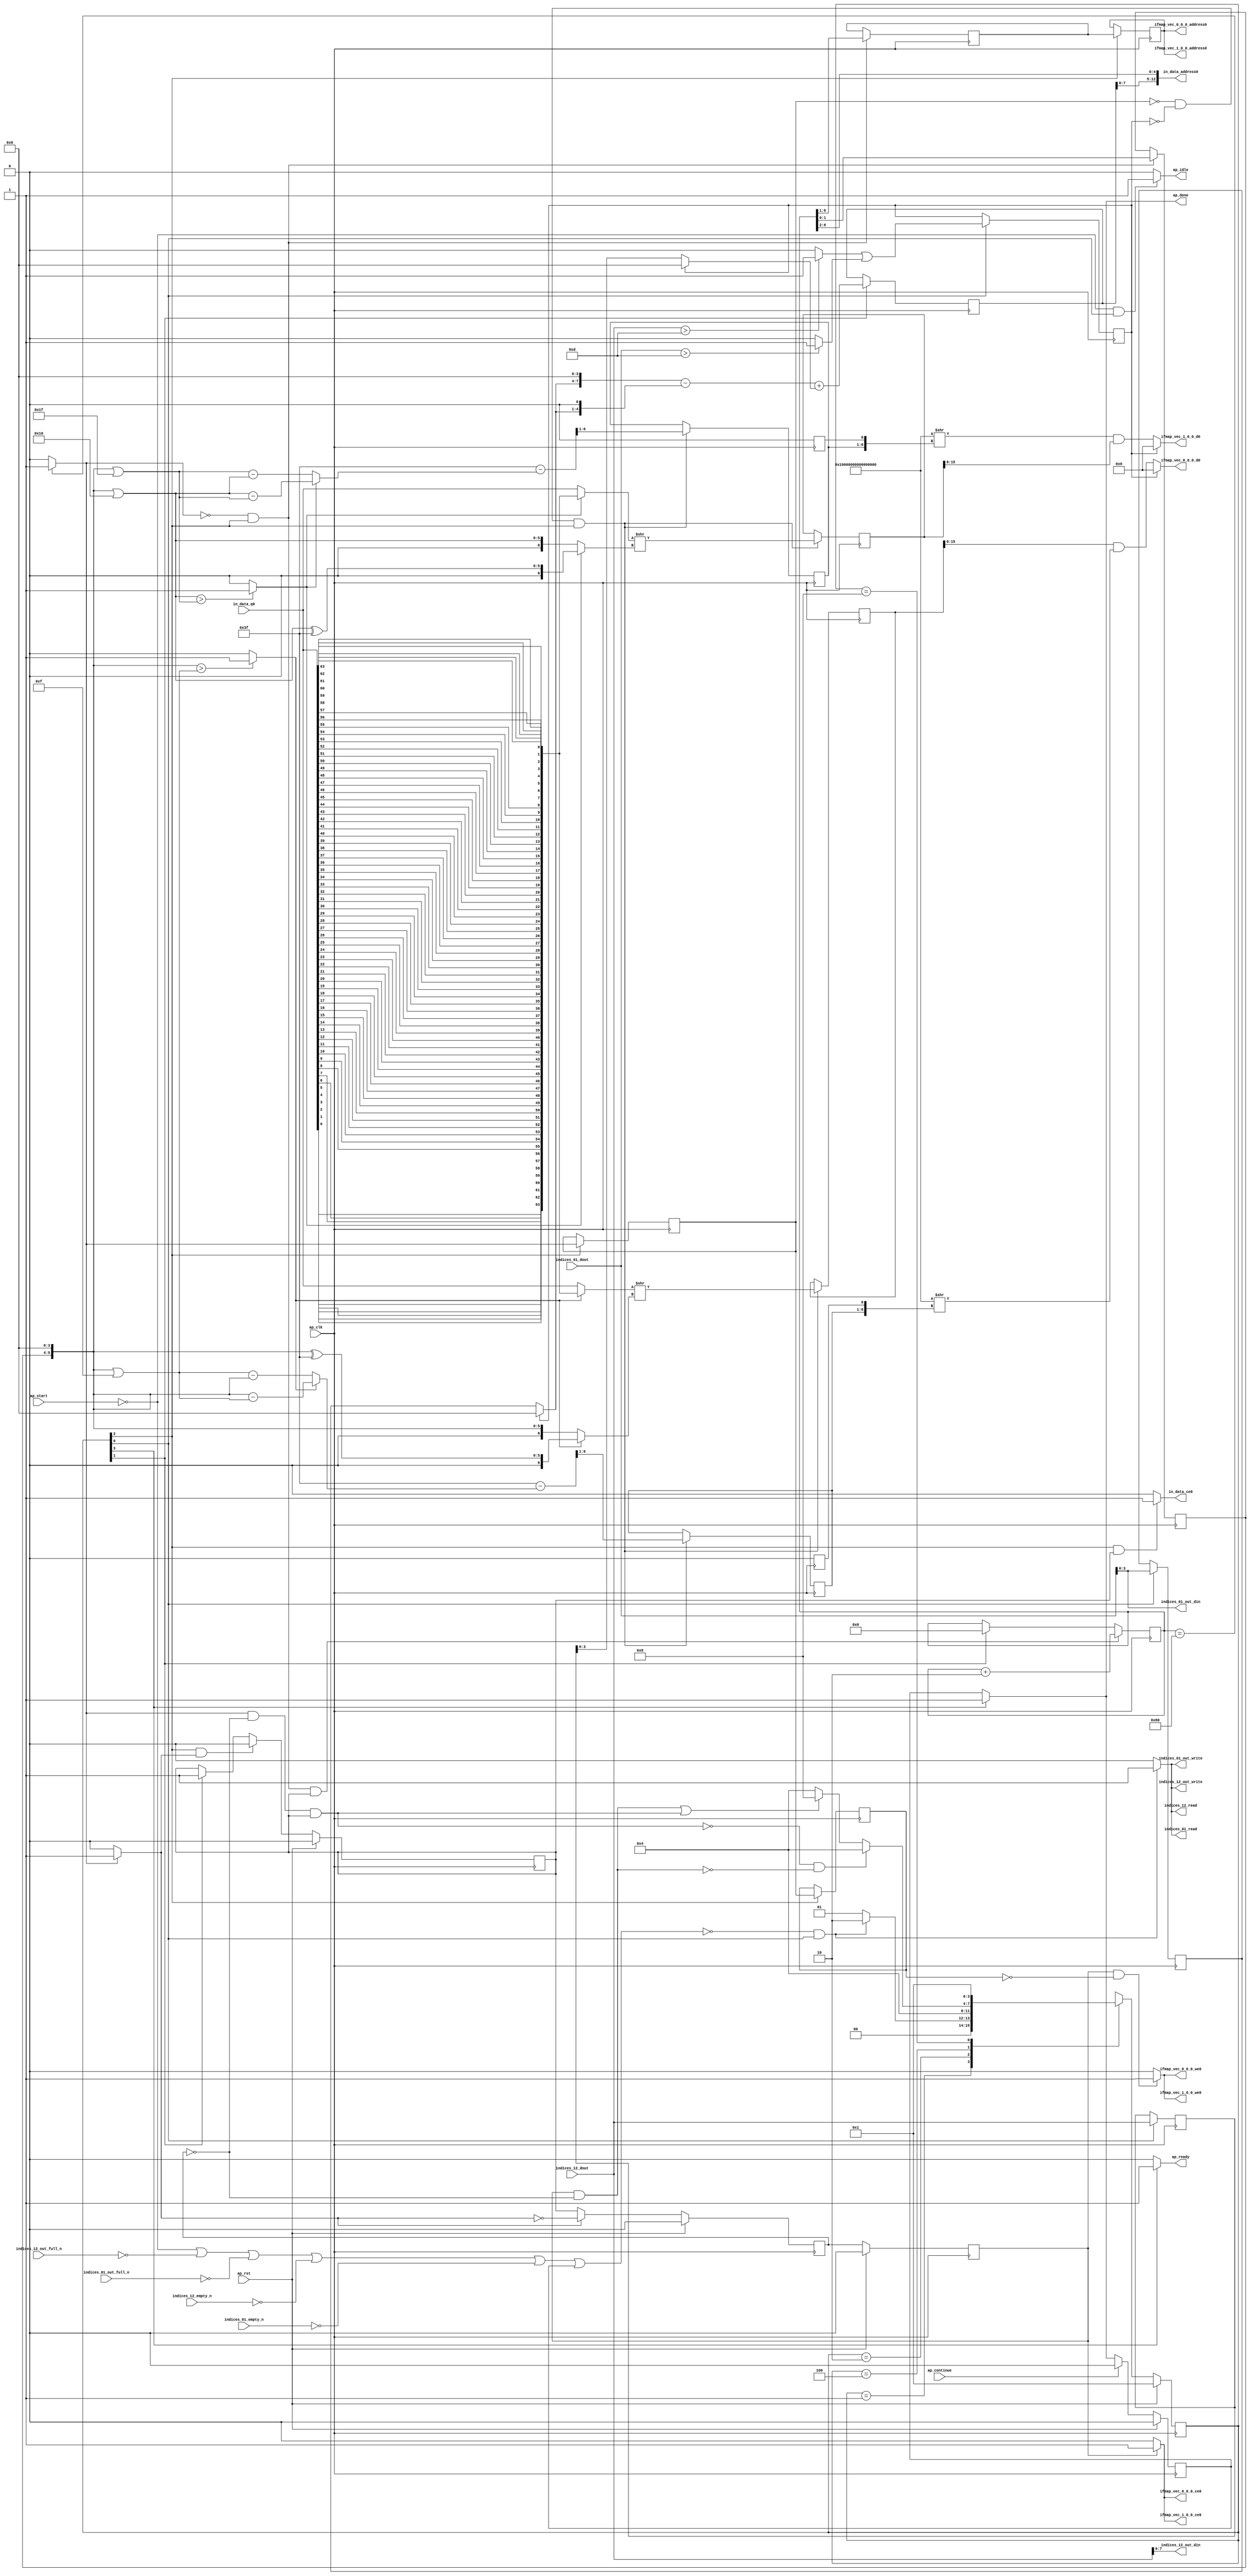
`define EXPONENT 5
`define MANTISSA 10
`define ACTUAL_MANTISSA 11
`define EXPONENT_LSB 10
`define EXPONENT_MSB 14
`define MANTISSA_LSB 0
`define MANTISSA_MSB 9
`define MANTISSA_MUL_SPLIT_LSB 3
`define MANTISSA_MUL_SPLIT_MSB 9
`define SIGN 1
`define SIGN_LOC 15
`define DWIDTH (`SIGN+`EXPONENT+`MANTISSA)
`define IEEE_COMPLIANCE 1

module td_fused_top_tdf12_readInputs (
        ap_clk,
        ap_rst,
        ap_start,
        ap_done,
        ap_continue,
        ap_idle,
        ap_ready,
        in_data_address0,
        in_data_ce0,
        in_data_q0,
        indices_01_dout,
        indices_01_empty_n,
        indices_01_read,
        indices_12_dout,
        indices_12_empty_n,
        indices_12_read,
        ifmap_vec_0_0_0_address0,
        ifmap_vec_0_0_0_ce0,
        ifmap_vec_0_0_0_we0,
        ifmap_vec_0_0_0_d0,
        ifmap_vec_1_0_0_address0,
        ifmap_vec_1_0_0_ce0,
        ifmap_vec_1_0_0_we0,
        ifmap_vec_1_0_0_d0,
        indices_01_out_din,
        indices_01_out_full_n,
        indices_01_out_write,
        indices_12_out_din,
        indices_12_out_full_n,
        indices_12_out_write
);

parameter    ap_ST_fsm_state1 = 4'd1;
parameter    ap_ST_fsm_state2 = 4'd2;
parameter    ap_ST_fsm_pp0_stage0 = 4'd4;
parameter    ap_ST_fsm_state6 = 4'd8;

input   ap_clk;
input   ap_rst;
input   ap_start;
output   ap_done;
input   ap_continue;
output   ap_idle;
output   ap_ready;
output  [12:0] in_data_address0;
output   in_data_ce0;
input  [63:0] in_data_q0;
input  [15:0] indices_01_dout;
input   indices_01_empty_n;
output   indices_01_read;
input  [15:0] indices_12_dout;
input   indices_12_empty_n;
output   indices_12_read;
output  [5:0] ifmap_vec_0_0_0_address0;
output   ifmap_vec_0_0_0_ce0;
output   ifmap_vec_0_0_0_we0;
output  [15:0] ifmap_vec_0_0_0_d0;
output  [5:0] ifmap_vec_1_0_0_address0;
output   ifmap_vec_1_0_0_ce0;
output   ifmap_vec_1_0_0_we0;
output  [15:0] ifmap_vec_1_0_0_d0;
output  [3:0] indices_01_out_din;
input   indices_01_out_full_n;
output   indices_01_out_write;
output  [7:0] indices_12_out_din;
input   indices_12_out_full_n;
output   indices_12_out_write;

reg ap_done;
reg ap_idle;
reg ap_ready;
reg in_data_ce0;
reg indices_01_read;
reg indices_12_read;
reg ifmap_vec_0_0_0_ce0;
reg ifmap_vec_0_0_0_we0;
reg ifmap_vec_1_0_0_ce0;
reg ifmap_vec_1_0_0_we0;
reg indices_01_out_write;
reg indices_12_out_write;

reg    ap_done_reg;
  reg   [3:0] ap_CS_fsm;
wire    ap_CS_fsm_state1;
reg    indices_01_blk_n;
reg    indices_12_blk_n;
reg    indices_01_out_blk_n;
reg    indices_12_out_blk_n;
reg   [7:0] kk_0_i_i_reg_165;
wire   [3:0] trunc_ln165_fu_176_p1;
reg   [3:0] trunc_ln165_reg_566;
reg   [15:0] col_coord_reg_571;
wire   [0:0] is_padding_fu_198_p2;
reg   [0:0] is_padding_reg_576;
wire   [9:0] add_ln32_fu_258_p2;
reg   [9:0] add_ln32_reg_584;
wire    ap_CS_fsm_state2;
wire   [0:0] icmp_ln25_fu_264_p2;
reg   [0:0] icmp_ln25_reg_589;
wire    ap_CS_fsm_pp0_stage0;
wire    ap_block_state3_pp0_stage0_iter0;
wire    ap_block_state4_pp0_stage0_iter1;
wire    ap_block_state5_pp0_stage0_iter2;
wire    ap_block_pp0_stage0_11001;
reg   [0:0] icmp_ln25_reg_589_pp0_iter1_reg;
wire   [7:0] add_ln25_fu_270_p2;
reg    ap_enable_reg_pp0_iter0;
wire   [1:0] empty_144_fu_298_p1;
reg   [1:0] empty_144_reg_603;
reg   [5:0] lshr_ln5_reg_608;
reg   [5:0] lshr_ln5_reg_608_pp0_iter1_reg;
wire   [6:0] sub_ln32_24_fu_391_p2;
reg   [6:0] sub_ln32_24_reg_613;
wire   [63:0] lshr_ln32_fu_401_p2;
reg   [63:0] lshr_ln32_reg_618;
wire   [6:0] sub_ln32_27_fu_485_p2;
reg   [6:0] sub_ln32_27_reg_623;
wire   [63:0] lshr_ln32_12_fu_495_p2;
reg   [63:0] lshr_ln32_12_reg_628;
wire    ap_block_pp0_stage0_subdone;
reg    ap_condition_pp0_exit_iter0_state3;
reg    ap_enable_reg_pp0_iter1;
reg    ap_enable_reg_pp0_iter2;
wire   [63:0] sext_ln32_fu_293_p1;
wire    ap_block_pp0_stage0;
wire   [63:0] zext_ln33_fu_531_p1;
reg    ap_block_state1;
wire   [0:0] cmp7_i_i_fu_186_p2;
wire   [0:0] icmp_ln24_fu_192_p2;
wire   [3:0] empty_142_fu_204_p1;
wire   [3:0] row_coord_int_fu_207_p3;
wire   [7:0] tmp_fu_220_p3;
wire   [4:0] tmp_s_fu_232_p3;
wire   [8:0] zext_ln32_fu_228_p1;
wire   [8:0] zext_ln32_53_fu_240_p1;
wire   [8:0] sub_ln32_fu_244_p2;
wire   [3:0] col_coord_int_fu_213_p3;
wire   [9:0] sub_ln32_cast_fu_250_p1;
wire   [9:0] zext_ln32_54_fu_254_p1;
wire   [4:0] lshr_ln_fu_276_p4;
wire   [14:0] tmp_78_fu_286_p3;
wire   [5:0] tmp_54_fu_312_p3;
wire   [5:0] empty_145_fu_319_p2;
wire   [6:0] zext_ln32_55_fu_331_p1;
wire   [6:0] zext_ln32_56_fu_335_p1;
wire   [0:0] icmp_ln32_fu_325_p2;
wire   [6:0] sub_ln32_22_fu_349_p2;
wire   [6:0] sub_ln32_23_fu_361_p2;
reg   [63:0] tmp_79_fu_339_p4;
wire   [6:0] xor_ln32_fu_355_p2;
wire   [6:0] select_ln32_fu_367_p3;
wire   [6:0] select_ln32_19_fu_383_p3;
wire   [63:0] select_ln32_18_fu_375_p3;
wire   [63:0] zext_ln32_57_fu_397_p1;
wire   [5:0] empty_146_fu_407_p2;
wire   [5:0] empty_147_fu_413_p2;
wire   [6:0] zext_ln32_59_fu_425_p1;
wire   [6:0] zext_ln32_60_fu_429_p1;
wire   [0:0] icmp_ln32_4_fu_419_p2;
wire   [6:0] sub_ln32_25_fu_443_p2;
wire   [6:0] sub_ln32_26_fu_455_p2;
reg   [63:0] tmp_80_fu_433_p4;
wire   [6:0] xor_ln32_4_fu_449_p2;
wire   [6:0] select_ln32_20_fu_461_p3;
wire   [6:0] select_ln32_22_fu_477_p3;
wire   [63:0] select_ln32_21_fu_469_p3;
wire   [63:0] zext_ln32_61_fu_491_p1;
wire   [63:0] zext_ln32_58_fu_501_p1;
wire   [63:0] lshr_ln32_11_fu_504_p2;
wire   [63:0] and_ln32_fu_510_p2;
wire   [15:0] trunc_ln32_fu_515_p1;
wire   [15:0] bitcast_ln32_fu_519_p1;
wire   [63:0] zext_ln32_62_fu_536_p1;
wire   [63:0] lshr_ln32_13_fu_539_p2;
wire   [63:0] and_ln32_4_fu_545_p2;
wire   [15:0] trunc_ln32_7_fu_550_p1;
wire   [15:0] bitcast_ln32_10_fu_554_p1;
wire    ap_CS_fsm_state6;
reg   [3:0] ap_NS_fsm;
reg    ap_idle_pp0;
wire    ap_enable_pp0;
wire    ap_ce_reg;

// power-on initialization
initial begin
#0 ap_done_reg = 1'b0;
#0 ap_CS_fsm = 4'd1;
#0 ap_enable_reg_pp0_iter0 = 1'b0;
#0 ap_enable_reg_pp0_iter1 = 1'b0;
#0 ap_enable_reg_pp0_iter2 = 1'b0;
end

always @ (posedge ap_clk) begin
    if (ap_rst == 1'b1) begin
        ap_CS_fsm <= ap_ST_fsm_state1;
    end else begin
        ap_CS_fsm <= ap_NS_fsm;
    end
end

always @ (posedge ap_clk) begin
    if (ap_rst == 1'b1) begin
        ap_done_reg <= 1'b0;
    end else begin
        if ((ap_continue == 1'b1)) begin
            ap_done_reg <= 1'b0;
        end else if ((1'b1 == ap_CS_fsm_state6)) begin
            ap_done_reg <= 1'b1;
        end
    end
end

always @ (posedge ap_clk) begin
    if (ap_rst == 1'b1) begin
        ap_enable_reg_pp0_iter0 <= 1'b0;
    end else begin
        if (((1'b0 == ap_block_pp0_stage0_subdone) & (1'b1 == ap_CS_fsm_pp0_stage0) & (1'b1 == ap_condition_pp0_exit_iter0_state3))) begin
            ap_enable_reg_pp0_iter0 <= 1'b0;
        end else if ((1'b1 == ap_CS_fsm_state2)) begin
            ap_enable_reg_pp0_iter0 <= 1'b1;
        end
    end
end

always @ (posedge ap_clk) begin
    if (ap_rst == 1'b1) begin
        ap_enable_reg_pp0_iter1 <= 1'b0;
    end else begin
        if ((1'b0 == ap_block_pp0_stage0_subdone)) begin
            if ((1'b1 == ap_condition_pp0_exit_iter0_state3)) begin
                ap_enable_reg_pp0_iter1 <= (1'b1 ^ ap_condition_pp0_exit_iter0_state3);
            end else if ((1'b1 == 1'b1)) begin
                ap_enable_reg_pp0_iter1 <= ap_enable_reg_pp0_iter0;
            end
        end
    end
end

always @ (posedge ap_clk) begin
    if (ap_rst == 1'b1) begin
        ap_enable_reg_pp0_iter2 <= 1'b0;
    end else begin
        if ((1'b0 == ap_block_pp0_stage0_subdone)) begin
            ap_enable_reg_pp0_iter2 <= ap_enable_reg_pp0_iter1;
        end else if ((1'b1 == ap_CS_fsm_state2)) begin
            ap_enable_reg_pp0_iter2 <= 1'b0;
        end
    end
end

always @ (posedge ap_clk) begin
    if (((1'b0 == ap_block_pp0_stage0_11001) & (icmp_ln25_fu_264_p2 == 1'd0) & (1'b1 == ap_CS_fsm_pp0_stage0) & (ap_enable_reg_pp0_iter0 == 1'b1))) begin
        kk_0_i_i_reg_165 <= add_ln25_fu_270_p2;
    end else if ((1'b1 == ap_CS_fsm_state2)) begin
        kk_0_i_i_reg_165 <= 8'd0;
    end
end

always @ (posedge ap_clk) begin
    if ((1'b1 == ap_CS_fsm_state2)) begin
        add_ln32_reg_584 <= add_ln32_fu_258_p2;
    end
end

always @ (posedge ap_clk) begin
    if ((1'b1 == ap_CS_fsm_state1)) begin
        col_coord_reg_571 <= indices_12_dout;
        is_padding_reg_576 <= is_padding_fu_198_p2;
        trunc_ln165_reg_566 <= trunc_ln165_fu_176_p1;
    end
end

always @ (posedge ap_clk) begin
    if (((1'b0 == ap_block_pp0_stage0_11001) & (icmp_ln25_fu_264_p2 == 1'd0) & (1'b1 == ap_CS_fsm_pp0_stage0))) begin
        empty_144_reg_603 <= empty_144_fu_298_p1;
        lshr_ln5_reg_608 <= {{kk_0_i_i_reg_165[6:1]}};
    end
end

always @ (posedge ap_clk) begin
    if (((1'b0 == ap_block_pp0_stage0_11001) & (1'b1 == ap_CS_fsm_pp0_stage0))) begin
        icmp_ln25_reg_589 <= icmp_ln25_fu_264_p2;
        icmp_ln25_reg_589_pp0_iter1_reg <= icmp_ln25_reg_589;
        lshr_ln5_reg_608_pp0_iter1_reg <= lshr_ln5_reg_608;
    end
end

always @ (posedge ap_clk) begin
    if (((1'b0 == ap_block_pp0_stage0_11001) & (icmp_ln25_reg_589 == 1'd0) & (is_padding_reg_576 == 1'd0) & (1'b1 == ap_CS_fsm_pp0_stage0))) begin
        lshr_ln32_12_reg_628 <= lshr_ln32_12_fu_495_p2;
        lshr_ln32_reg_618 <= lshr_ln32_fu_401_p2;
        sub_ln32_24_reg_613[6 : 1] <= sub_ln32_24_fu_391_p2[6 : 1];
        sub_ln32_27_reg_623[6 : 1] <= sub_ln32_27_fu_485_p2[6 : 1];
    end
end

always @ (*) begin
    if ((icmp_ln25_fu_264_p2 == 1'd1)) begin
        ap_condition_pp0_exit_iter0_state3 = 1'b1;
    end else begin
        ap_condition_pp0_exit_iter0_state3 = 1'b0;
    end
end

always @ (*) begin
    if ((1'b1 == ap_CS_fsm_state6)) begin
        ap_done = 1'b1;
    end else begin
        ap_done = ap_done_reg;
    end
end

always @ (*) begin
    if (((ap_start == 1'b0) & (1'b1 == ap_CS_fsm_state1))) begin
        ap_idle = 1'b1;
    end else begin
        ap_idle = 1'b0;
    end
end

always @ (*) begin
    if (((ap_enable_reg_pp0_iter2 == 1'b0) & (ap_enable_reg_pp0_iter1 == 1'b0) & (ap_enable_reg_pp0_iter0 == 1'b0))) begin
        ap_idle_pp0 = 1'b1;
    end else begin
        ap_idle_pp0 = 1'b0;
    end
end

always @ (*) begin
    if ((1'b1 == ap_CS_fsm_state6)) begin
        ap_ready = 1'b1;
    end else begin
        ap_ready = 1'b0;
    end
end

always @ (*) begin
    if (((1'b0 == ap_block_pp0_stage0_11001) & (ap_enable_reg_pp0_iter2 == 1'b1))) begin
        ifmap_vec_0_0_0_ce0 = 1'b1;
    end else begin
        ifmap_vec_0_0_0_ce0 = 1'b0;
    end
end

always @ (*) begin
    if (((1'b0 == ap_block_pp0_stage0_11001) & (ap_enable_reg_pp0_iter2 == 1'b1) & (icmp_ln25_reg_589_pp0_iter1_reg == 1'd0))) begin
        ifmap_vec_0_0_0_we0 = 1'b1;
    end else begin
        ifmap_vec_0_0_0_we0 = 1'b0;
    end
end

always @ (*) begin
    if (((1'b0 == ap_block_pp0_stage0_11001) & (ap_enable_reg_pp0_iter2 == 1'b1))) begin
        ifmap_vec_1_0_0_ce0 = 1'b1;
    end else begin
        ifmap_vec_1_0_0_ce0 = 1'b0;
    end
end

always @ (*) begin
    if (((1'b0 == ap_block_pp0_stage0_11001) & (ap_enable_reg_pp0_iter2 == 1'b1) & (icmp_ln25_reg_589_pp0_iter1_reg == 1'd0))) begin
        ifmap_vec_1_0_0_we0 = 1'b1;
    end else begin
        ifmap_vec_1_0_0_we0 = 1'b0;
    end
end

always @ (*) begin
    if (((1'b0 == ap_block_pp0_stage0_11001) & (1'b1 == ap_CS_fsm_pp0_stage0) & (ap_enable_reg_pp0_iter0 == 1'b1))) begin
        in_data_ce0 = 1'b1;
    end else begin
        in_data_ce0 = 1'b0;
    end
end

always @ (*) begin
    if ((~((ap_start == 1'b0) | (ap_done_reg == 1'b1)) & (1'b1 == ap_CS_fsm_state1))) begin
        indices_01_blk_n = indices_01_empty_n;
    end else begin
        indices_01_blk_n = 1'b1;
    end
end

always @ (*) begin
    if ((~((ap_start == 1'b0) | (ap_done_reg == 1'b1)) & (1'b1 == ap_CS_fsm_state1))) begin
        indices_01_out_blk_n = indices_01_out_full_n;
    end else begin
        indices_01_out_blk_n = 1'b1;
    end
end

always @ (*) begin
    if ((~((ap_start == 1'b0) | (indices_12_out_full_n == 1'b0) | (indices_01_out_full_n == 1'b0) | (indices_12_empty_n == 1'b0) | (indices_01_empty_n == 1'b0) | (ap_done_reg == 1'b1)) & (1'b1 == ap_CS_fsm_state1))) begin
        indices_01_out_write = 1'b1;
    end else begin
        indices_01_out_write = 1'b0;
    end
end

always @ (*) begin
    if ((~((ap_start == 1'b0) | (indices_12_out_full_n == 1'b0) | (indices_01_out_full_n == 1'b0) | (indices_12_empty_n == 1'b0) | (indices_01_empty_n == 1'b0) | (ap_done_reg == 1'b1)) & (1'b1 == ap_CS_fsm_state1))) begin
        indices_01_read = 1'b1;
    end else begin
        indices_01_read = 1'b0;
    end
end

always @ (*) begin
    if ((~((ap_start == 1'b0) | (ap_done_reg == 1'b1)) & (1'b1 == ap_CS_fsm_state1))) begin
        indices_12_blk_n = indices_12_empty_n;
    end else begin
        indices_12_blk_n = 1'b1;
    end
end

always @ (*) begin
    if ((~((ap_start == 1'b0) | (ap_done_reg == 1'b1)) & (1'b1 == ap_CS_fsm_state1))) begin
        indices_12_out_blk_n = indices_12_out_full_n;
    end else begin
        indices_12_out_blk_n = 1'b1;
    end
end

always @ (*) begin
    if ((~((ap_start == 1'b0) | (indices_12_out_full_n == 1'b0) | (indices_01_out_full_n == 1'b0) | (indices_12_empty_n == 1'b0) | (indices_01_empty_n == 1'b0) | (ap_done_reg == 1'b1)) & (1'b1 == ap_CS_fsm_state1))) begin
        indices_12_out_write = 1'b1;
    end else begin
        indices_12_out_write = 1'b0;
    end
end

always @ (*) begin
    if ((~((ap_start == 1'b0) | (indices_12_out_full_n == 1'b0) | (indices_01_out_full_n == 1'b0) | (indices_12_empty_n == 1'b0) | (indices_01_empty_n == 1'b0) | (ap_done_reg == 1'b1)) & (1'b1 == ap_CS_fsm_state1))) begin
        indices_12_read = 1'b1;
    end else begin
        indices_12_read = 1'b0;
    end
end

always @ (*) begin
    case (ap_CS_fsm)
        ap_ST_fsm_state1 : begin
            if ((~((ap_start == 1'b0) | (indices_12_out_full_n == 1'b0) | (indices_01_out_full_n == 1'b0) | (indices_12_empty_n == 1'b0) | (indices_01_empty_n == 1'b0) | (ap_done_reg == 1'b1)) & (1'b1 == ap_CS_fsm_state1))) begin
                ap_NS_fsm = ap_ST_fsm_state2;
            end else begin
                ap_NS_fsm = ap_ST_fsm_state1;
            end
        end
        ap_ST_fsm_state2 : begin
            ap_NS_fsm = ap_ST_fsm_pp0_stage0;
        end
        ap_ST_fsm_pp0_stage0 : begin
            if ((~((1'b0 == ap_block_pp0_stage0_subdone) & (icmp_ln25_fu_264_p2 == 1'd1) & (ap_enable_reg_pp0_iter1 == 1'b0) & (ap_enable_reg_pp0_iter0 == 1'b1)) & ~((1'b0 == ap_block_pp0_stage0_subdone) & (ap_enable_reg_pp0_iter2 == 1'b1) & (ap_enable_reg_pp0_iter1 == 1'b0)))) begin
                ap_NS_fsm = ap_ST_fsm_pp0_stage0;
            end else if ((((1'b0 == ap_block_pp0_stage0_subdone) & (ap_enable_reg_pp0_iter2 == 1'b1) & (ap_enable_reg_pp0_iter1 == 1'b0)) | ((1'b0 == ap_block_pp0_stage0_subdone) & (icmp_ln25_fu_264_p2 == 1'd1) & (ap_enable_reg_pp0_iter1 == 1'b0) & (ap_enable_reg_pp0_iter0 == 1'b1)))) begin
                ap_NS_fsm = ap_ST_fsm_state6;
            end else begin
                ap_NS_fsm = ap_ST_fsm_pp0_stage0;
            end
        end
        ap_ST_fsm_state6 : begin
            ap_NS_fsm = ap_ST_fsm_state1;
        end
        default : begin
            ap_NS_fsm = 'bx;
        end
    endcase
end

assign add_ln25_fu_270_p2 = (kk_0_i_i_reg_165 + 8'd2);

assign add_ln32_fu_258_p2 = ((sub_ln32_cast_fu_250_p1) + (zext_ln32_54_fu_254_p1));

assign and_ln32_4_fu_545_p2 = (lshr_ln32_13_fu_539_p2 & lshr_ln32_12_reg_628);

assign and_ln32_fu_510_p2 = (lshr_ln32_reg_618 & lshr_ln32_11_fu_504_p2);

assign ap_CS_fsm_pp0_stage0 = ap_CS_fsm[32'd2];

assign ap_CS_fsm_state1 = ap_CS_fsm[32'd0];

assign ap_CS_fsm_state2 = ap_CS_fsm[32'd1];

assign ap_CS_fsm_state6 = ap_CS_fsm[32'd3];

assign ap_block_pp0_stage0 = ~(1'b1 == 1'b1);

assign ap_block_pp0_stage0_11001 = ~(1'b1 == 1'b1);

assign ap_block_pp0_stage0_subdone = ~(1'b1 == 1'b1);

always @ (*) begin
    ap_block_state1 = ((ap_start == 1'b0) | (indices_12_out_full_n == 1'b0) | (indices_01_out_full_n == 1'b0) | (indices_12_empty_n == 1'b0) | (indices_01_empty_n == 1'b0) | (ap_done_reg == 1'b1));
end

assign ap_block_state3_pp0_stage0_iter0 = ~(1'b1 == 1'b1);

assign ap_block_state4_pp0_stage0_iter1 = ~(1'b1 == 1'b1);

assign ap_block_state5_pp0_stage0_iter2 = ~(1'b1 == 1'b1);

assign ap_enable_pp0 = (ap_idle_pp0 ^ 1'b1);

assign bitcast_ln32_10_fu_554_p1 = trunc_ln32_7_fu_550_p1;

assign bitcast_ln32_fu_519_p1 = trunc_ln32_fu_515_p1;

assign cmp7_i_i_fu_186_p2 = ((indices_01_dout > 16'd13) ? 1'b1 : 1'b0);

assign col_coord_int_fu_213_p3 = ((is_padding_reg_576[0:0] == 1'b1) ? 4'd0 : empty_142_fu_204_p1);

assign empty_142_fu_204_p1 = col_coord_reg_571[3:0];

assign empty_144_fu_298_p1 = kk_0_i_i_reg_165[1:0];

assign empty_145_fu_319_p2 = (tmp_54_fu_312_p3 | 6'd15);

assign empty_146_fu_407_p2 = (tmp_54_fu_312_p3 | 6'd16);

assign empty_147_fu_413_p2 = (tmp_54_fu_312_p3 | 6'd31);

assign icmp_ln24_fu_192_p2 = ((indices_12_dout > 16'd13) ? 1'b1 : 1'b0);

assign icmp_ln25_fu_264_p2 = ((kk_0_i_i_reg_165 == 8'd128) ? 1'b1 : 1'b0);

assign icmp_ln32_4_fu_419_p2 = ((empty_146_fu_407_p2 > empty_147_fu_413_p2) ? 1'b1 : 1'b0);

assign icmp_ln32_fu_325_p2 = ((tmp_54_fu_312_p3 > empty_145_fu_319_p2) ? 1'b1 : 1'b0);

assign ifmap_vec_0_0_0_address0 = zext_ln33_fu_531_p1;

assign ifmap_vec_0_0_0_d0 = ((is_padding_reg_576[0:0] == 1'b1) ? 16'd0 : bitcast_ln32_fu_519_p1);

assign ifmap_vec_1_0_0_address0 = zext_ln33_fu_531_p1;

assign ifmap_vec_1_0_0_d0 = ((is_padding_reg_576[0:0] == 1'b1) ? 16'd0 : bitcast_ln32_10_fu_554_p1);

assign in_data_address0 = sext_ln32_fu_293_p1;

assign indices_01_out_din = indices_01_dout[3:0];

assign indices_12_out_din = indices_12_dout[7:0];

assign is_padding_fu_198_p2 = (icmp_ln24_fu_192_p2 | cmp7_i_i_fu_186_p2);

assign lshr_ln32_11_fu_504_p2 = 64'd18446744073709551615 >> zext_ln32_58_fu_501_p1;

assign lshr_ln32_12_fu_495_p2 = select_ln32_21_fu_469_p3 >> zext_ln32_61_fu_491_p1;

assign lshr_ln32_13_fu_539_p2 = 64'd18446744073709551615 >> zext_ln32_62_fu_536_p1;

assign lshr_ln32_fu_401_p2 = select_ln32_18_fu_375_p3 >> zext_ln32_57_fu_397_p1;

assign lshr_ln_fu_276_p4 = {{kk_0_i_i_reg_165[6:2]}};

assign row_coord_int_fu_207_p3 = ((is_padding_reg_576[0:0] == 1'b1) ? 4'd0 : trunc_ln165_reg_566);

assign select_ln32_18_fu_375_p3 = ((icmp_ln32_fu_325_p2[0:0] == 1'b1) ? tmp_79_fu_339_p4 : in_data_q0);

assign select_ln32_19_fu_383_p3 = ((icmp_ln32_fu_325_p2[0:0] == 1'b1) ? xor_ln32_fu_355_p2 : zext_ln32_55_fu_331_p1);

assign select_ln32_20_fu_461_p3 = ((icmp_ln32_4_fu_419_p2[0:0] == 1'b1) ? sub_ln32_25_fu_443_p2 : sub_ln32_26_fu_455_p2);

assign select_ln32_21_fu_469_p3 = ((icmp_ln32_4_fu_419_p2[0:0] == 1'b1) ? tmp_80_fu_433_p4 : in_data_q0);

assign select_ln32_22_fu_477_p3 = ((icmp_ln32_4_fu_419_p2[0:0] == 1'b1) ? xor_ln32_4_fu_449_p2 : zext_ln32_59_fu_425_p1);

assign select_ln32_fu_367_p3 = ((icmp_ln32_fu_325_p2[0:0] == 1'b1) ? sub_ln32_22_fu_349_p2 : sub_ln32_23_fu_361_p2);

assign sext_ln32_fu_293_p1 = (tmp_78_fu_286_p3);

assign sub_ln32_22_fu_349_p2 = (zext_ln32_55_fu_331_p1 - zext_ln32_56_fu_335_p1);

assign sub_ln32_23_fu_361_p2 = (zext_ln32_56_fu_335_p1 - zext_ln32_55_fu_331_p1);

assign sub_ln32_24_fu_391_p2 = (7'd63 - select_ln32_fu_367_p3);

assign sub_ln32_25_fu_443_p2 = (zext_ln32_59_fu_425_p1 - zext_ln32_60_fu_429_p1);

assign sub_ln32_26_fu_455_p2 = (zext_ln32_60_fu_429_p1 - zext_ln32_59_fu_425_p1);

assign sub_ln32_27_fu_485_p2 = (7'd63 - select_ln32_20_fu_461_p3);

assign sub_ln32_cast_fu_250_p1 = (sub_ln32_fu_244_p2);

assign sub_ln32_fu_244_p2 = (zext_ln32_fu_228_p1 - zext_ln32_53_fu_240_p1);

assign tmp_54_fu_312_p3 = {{empty_144_reg_603}, {4'd0}};

assign tmp_78_fu_286_p3 = {{add_ln32_reg_584}, {lshr_ln_fu_276_p4}};

integer ap_tvar_int_0;

always @ (in_data_q0) begin
    //for (ap_tvar_int_0 = 64 - 1; ap_tvar_int_0 >= 0; ap_tvar_int_0 = ap_tvar_int_0 - 1) begin
    for (ap_tvar_int_0 = 0; ap_tvar_int_0 < 64; ap_tvar_int_0 = ap_tvar_int_0 + 1) begin
        if (ap_tvar_int_0 > 63 - 0) begin
            tmp_79_fu_339_p4[ap_tvar_int_0] = 1'b0;
        end else begin
            tmp_79_fu_339_p4[ap_tvar_int_0] = in_data_q0[63 - ap_tvar_int_0];
        end
    end
end

integer ap_tvar_int_1;

always @ (in_data_q0) begin
    //for (ap_tvar_int_1 = 64 - 1; ap_tvar_int_1 >= 0; ap_tvar_int_1 = ap_tvar_int_1 - 1) begin
    for (ap_tvar_int_1 = 0; ap_tvar_int_1 < 64; ap_tvar_int_1 = ap_tvar_int_1 + 1) begin
        if (ap_tvar_int_1 > 63 - 0) begin
            tmp_80_fu_433_p4[ap_tvar_int_1] = 1'b0;
        end else begin
            tmp_80_fu_433_p4[ap_tvar_int_1] = in_data_q0[63 - ap_tvar_int_1];
        end
    end
end

assign tmp_fu_220_p3 = {{row_coord_int_fu_207_p3}, {4'd0}};

assign tmp_s_fu_232_p3 = {{row_coord_int_fu_207_p3}, {1'd0}};

assign trunc_ln165_fu_176_p1 = indices_01_dout[3:0];

assign trunc_ln32_7_fu_550_p1 = and_ln32_4_fu_545_p2[15:0];

assign trunc_ln32_fu_515_p1 = and_ln32_fu_510_p2[15:0];

assign xor_ln32_4_fu_449_p2 = (zext_ln32_59_fu_425_p1 ^ 7'd63);

assign xor_ln32_fu_355_p2 = (zext_ln32_55_fu_331_p1 ^ 7'd63);

assign zext_ln32_53_fu_240_p1 = tmp_s_fu_232_p3;

assign zext_ln32_54_fu_254_p1 = col_coord_int_fu_213_p3;

assign zext_ln32_55_fu_331_p1 = tmp_54_fu_312_p3;

assign zext_ln32_56_fu_335_p1 = empty_145_fu_319_p2;

assign zext_ln32_57_fu_397_p1 = select_ln32_19_fu_383_p3;

assign zext_ln32_58_fu_501_p1 = sub_ln32_24_reg_613;

assign zext_ln32_59_fu_425_p1 = empty_146_fu_407_p2;

assign zext_ln32_60_fu_429_p1 = empty_147_fu_413_p2;

assign zext_ln32_61_fu_491_p1 = select_ln32_22_fu_477_p3;

assign zext_ln32_62_fu_536_p1 = sub_ln32_27_reg_623;

assign zext_ln32_fu_228_p1 = tmp_fu_220_p3;

assign zext_ln33_fu_531_p1 = lshr_ln5_reg_608_pp0_iter1_reg;

always @ (posedge ap_clk) begin
    sub_ln32_24_reg_613[0] <= 1'b0;
    sub_ln32_27_reg_623[0] <= 1'b0;
end

endmodule //td_fused_top_tdf12_readInputs